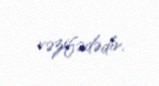
vəzifədədir.